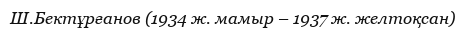
Ш.Бектұрғанов (1934 ж. мамыр – 1937 ж. желтоқсан)